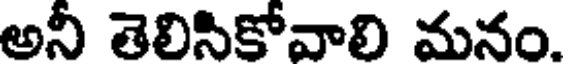
అనీ తెలిసికోవాలి మనం.